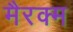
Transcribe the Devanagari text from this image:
मैरक्म